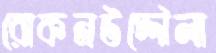
রোকনউদ্দৌলা